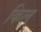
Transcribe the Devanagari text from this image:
किलू